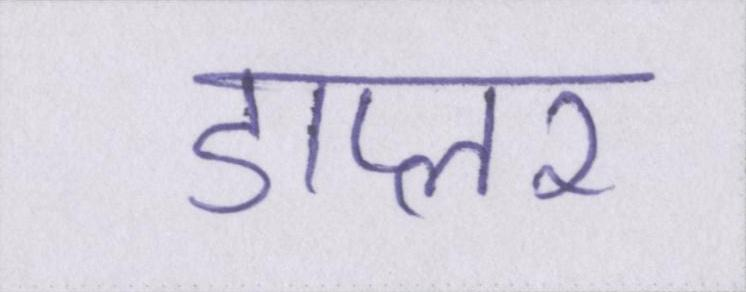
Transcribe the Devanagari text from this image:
डाप्लर